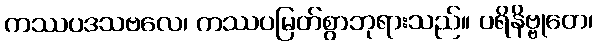
ကဿပဒသဗလေ၊ ကဿပမြတ်စွာဘုရားသည်။ ပရိနိဗ္ဗုတေ၊